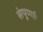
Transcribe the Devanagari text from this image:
संपूर्णाः